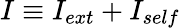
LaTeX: I\equiv I_{ext}+I_{self}